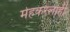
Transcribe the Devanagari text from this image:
मेहकरलाही